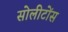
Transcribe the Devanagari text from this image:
सोलीटोंस